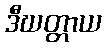
ဒီဃတ္တာယ